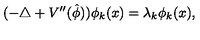
( - \triangle + V ^ { \prime \prime } ( \hat { \phi } ) ) \phi _ { k } ( x ) = \lambda _ { k } \phi _ { k } ( x ) ,